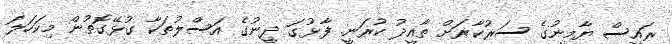
ރައީސް ޔާމީނުގެ ސަރުކާރަށް ތާއީދު ކުރަނީ. ފާޅުގަ ދީނުގެ އަސްލުތަކާ ގުޅޭގޮތުން މިކަހަލަ